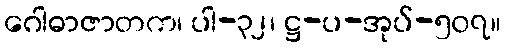
ဂေါဓာဇာတက၊ ပါ-၃၂၊ ဋ္ဌ-ပ-အုပ်-၅၀၇။